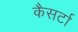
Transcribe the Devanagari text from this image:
कैसर्टा